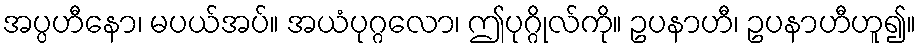
အပ္ပဟီနော၊ မပယ်အပ်။ အယံပုဂ္ဂလော၊ ဤပုဂ္ဂိုလ်ကို။ ဥပနာဟီ၊ ဥပနာဟီဟူ၍။